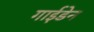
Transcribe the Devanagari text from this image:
गाईडेन